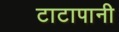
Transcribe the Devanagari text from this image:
टाटापानी